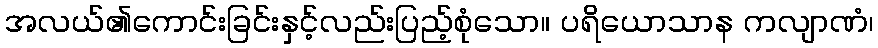
အလယ်၏ကောင်းခြင်းနှင့်လည်းပြည့်စုံသော။ ပရိယောသာန ကလျာဏံ၊